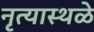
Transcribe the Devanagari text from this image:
नृत्यास्थळे